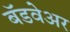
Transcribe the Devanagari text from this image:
बॅडवेअर